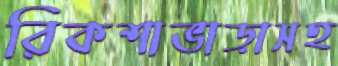
রিকশাভাড়াসহ